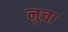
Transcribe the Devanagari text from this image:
नुचा